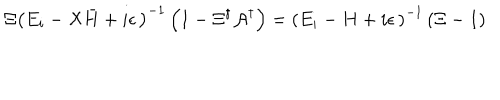
LaTeX: \Xi \left( E _ { i } - { \cal X } { \bar { H } } + i \epsilon \, \right) ^ { - 1 } \left( 1 - \Xi ^ { \dagger } { \cal A } ^ { \dagger } \right) = \left( E _ { i } - H + i \epsilon \, \right) ^ { - 1 } \left( \Xi - 1 \right)